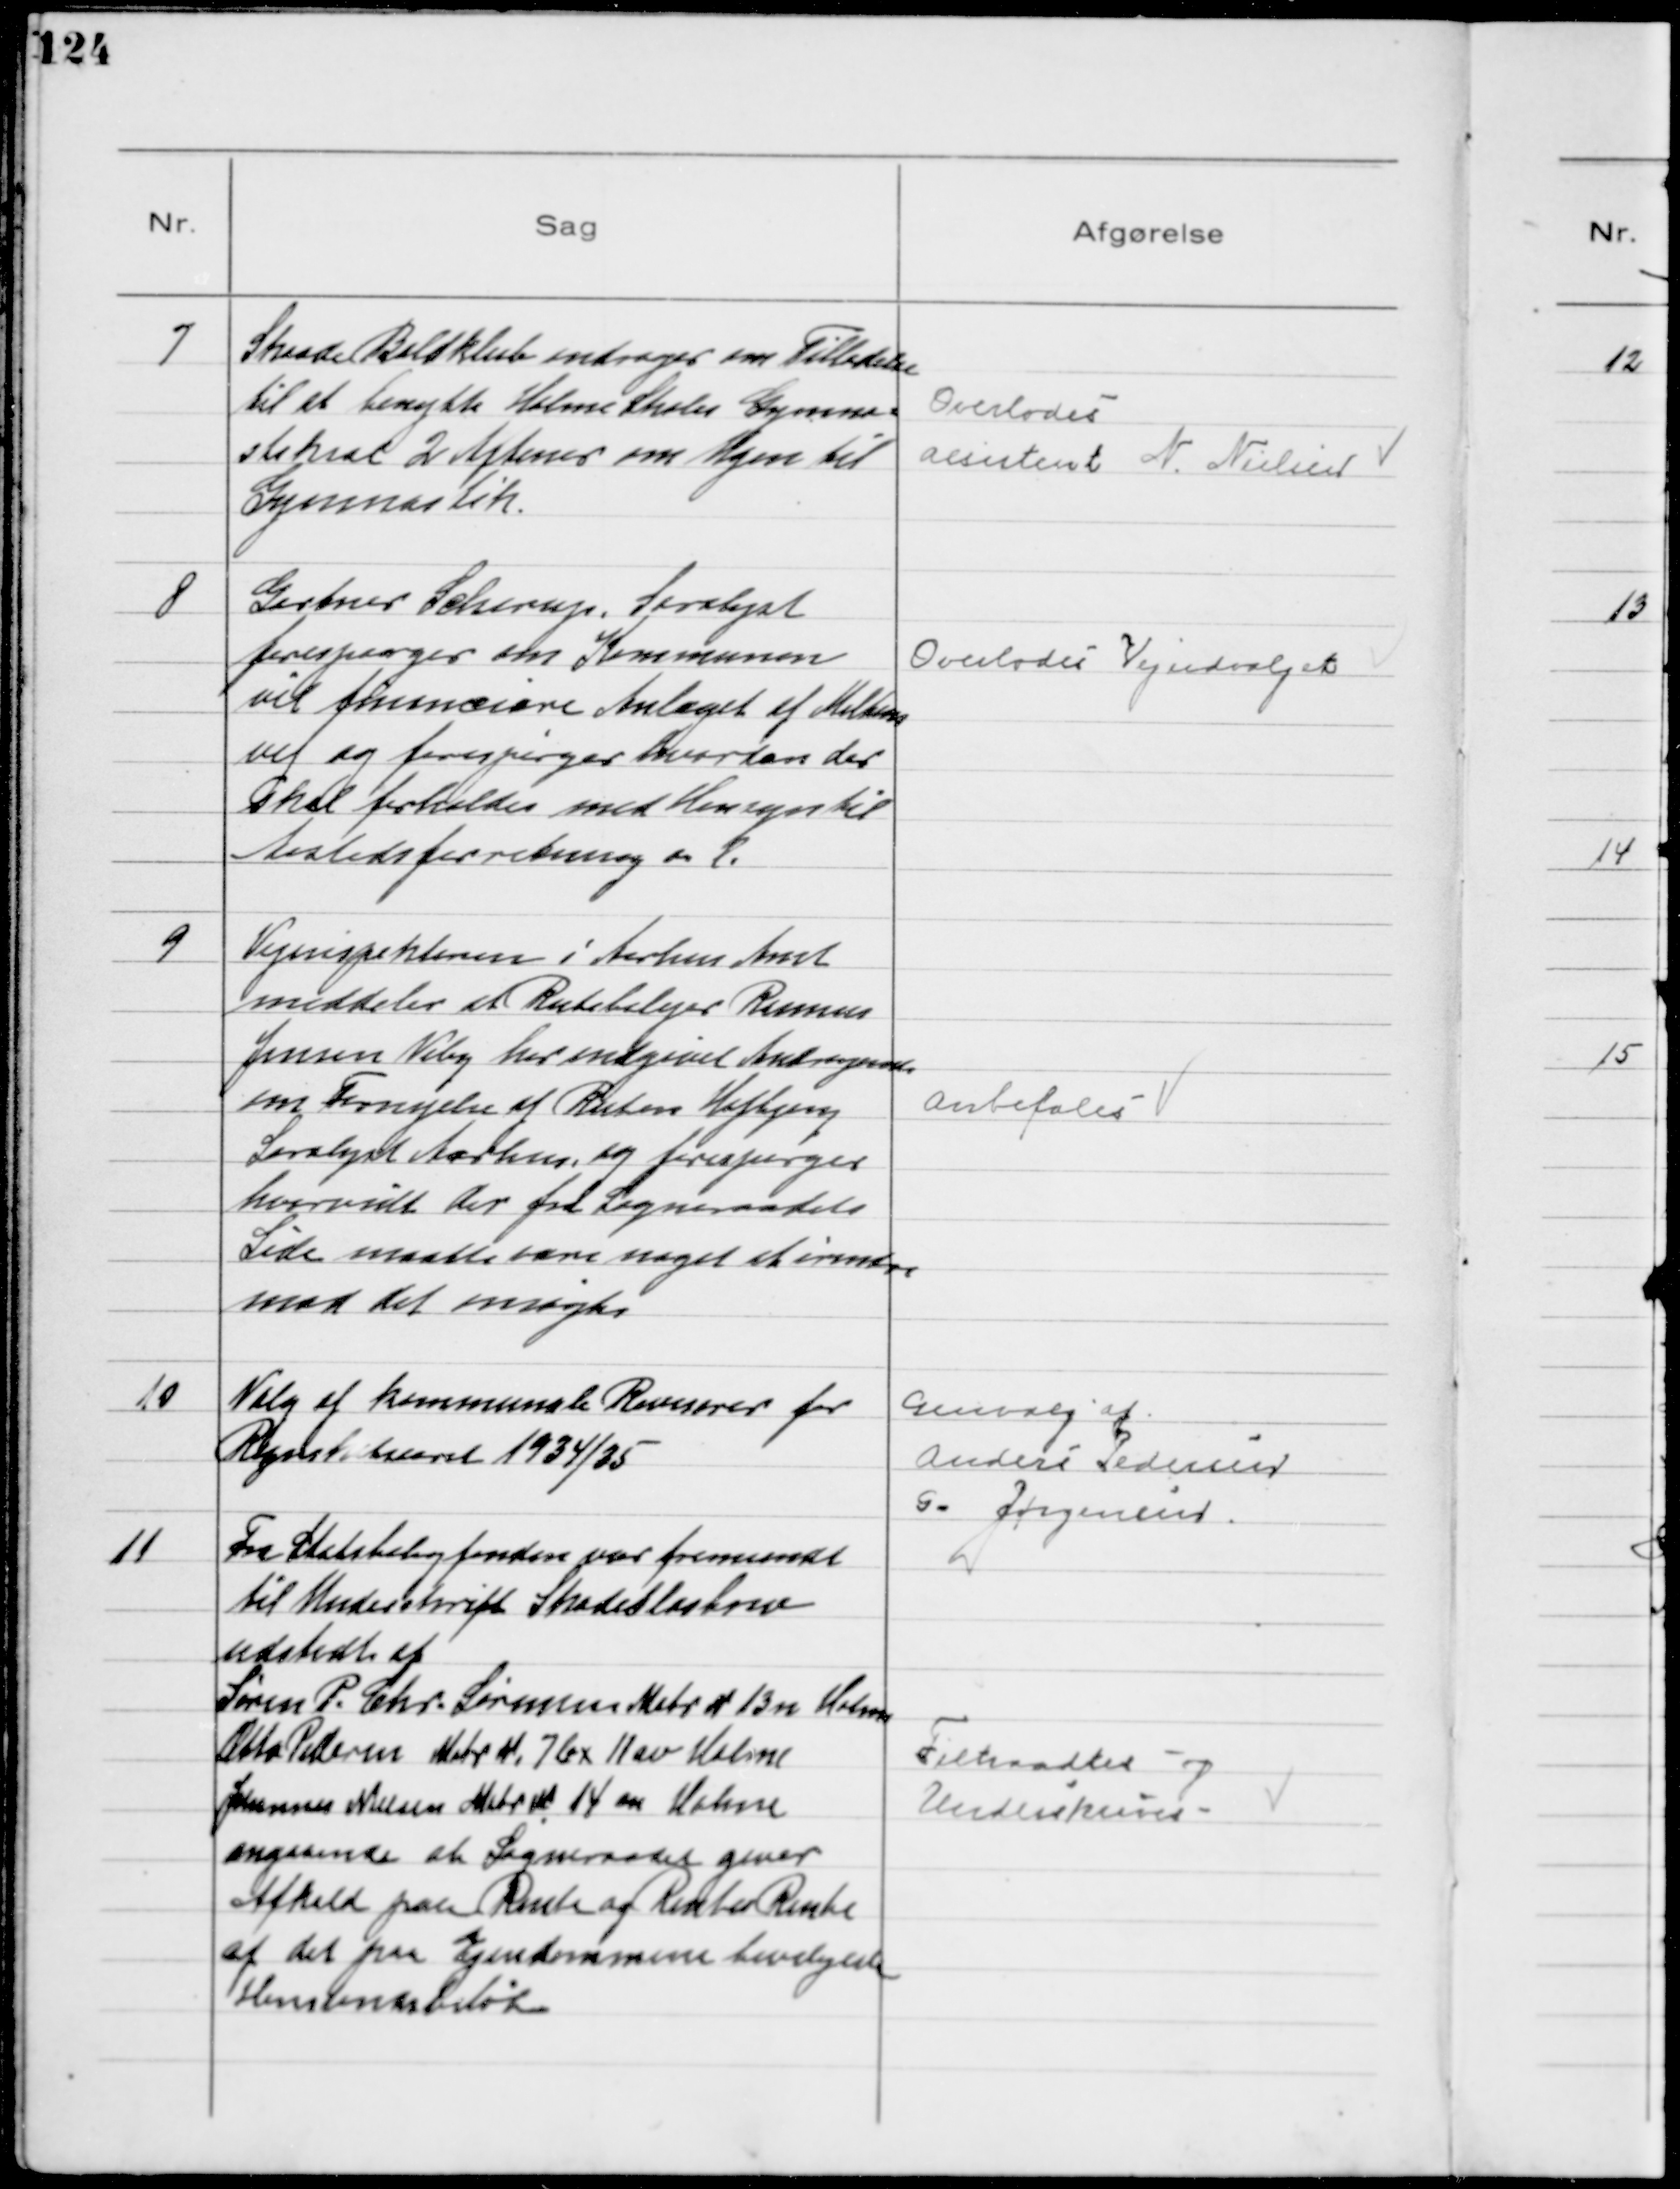
Transskription:
7
Skaade Boldklub andrager om Tilladelse
til at benytte Holme Skoles Gymna=
stiksal 2 Aftener om Ugen til
Gymnastik.
Overlodes
aesistent N. Nielsen

8
Gartner Scherup, Saralyst
forespørger om Kommunen
vil financiere Anlæget af Miltons
vej og forespørger hvordan der
skal forholdes med Hensyn til
Aastedsforretning o. l.
Overlodes Vejudvalget

9
Vejinspektøren i Aarhus Amt
meddeler at Rutebilejer Rasmus
Jensen Viby har indgivet Andragende
om Fornyelse af Ruten Højbjerg
Saralyst Aarhus, og forespørger
hvorvidt der fra Sogneraadets
Side maatte være noget at erindre
mod det ansøgte
Anbefales

10
Valg af Kommunale Revisorer for
Regnskabsaaret 1934/35

Genvalg af
Anders Pedersen
G. Jørgensen

11
Fra Statsboligfonden var fremsendt
til Underskrift Skadesløsbrev
udstedt af
Søren P. Chr. Sørensen Matr № 13 n Holme
Otto Pedersen Matr № 7 bx 11 av Holme
Johannes Nielsen Matr № 14 m Holme
angaaende at Sogneraadet giver
Afkald paa Rente og Rentes Rente
af det paa Ejendommene bevilgede
Henstandsbeløb

Tiltraadtes og
Underskrives